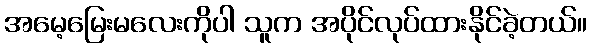
အမေ့မြေးမလေးကိုပါ သူက အပိုင်လုပ်ထားနိုင်ခဲ့တယ်။